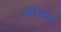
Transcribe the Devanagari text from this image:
थोरेसन